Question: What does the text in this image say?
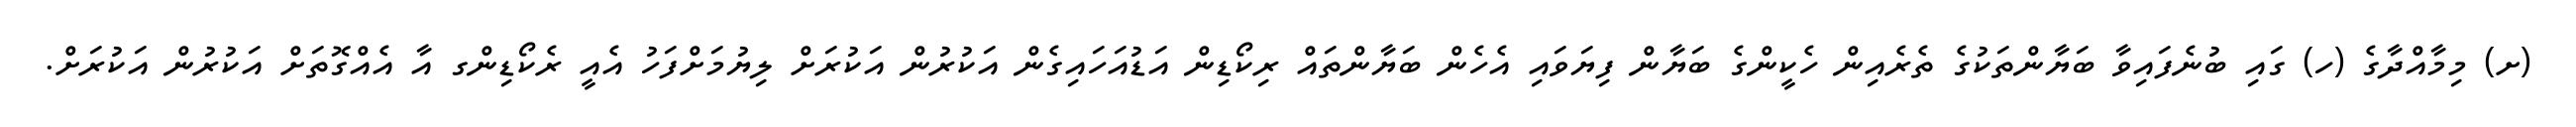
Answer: (ށ) މިމާއްދާގެ (ހ) ގައި ބުނެފައިވާ ބަޔާންތަކުގެ ތެރެއިން ހެކީންގެ ބަޔާން ފިޔަވައި އެހެން ބަޔާންތައް ރިކޯޑިން އަޑުއަހައިގެން އަކުރުން އަކުރަށް ލިޔުމަށްފަހު އެއީ ރެކޯޑިންގ އާ އެއްގޮތަށް އަކުރުން އަކުރަށް.